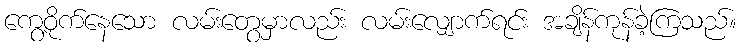
ကွေ့ဝိုက်နေသော လမ်းတွေမှာလည်း လမ်းလျှောက်ရင်း အချိန်ကုန်ခဲ့ကြသည်။